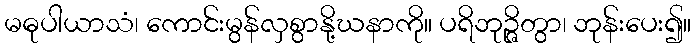
မဓုပါယာသံ၊ ကောင်းမွန်လှစွာနို့ဃနာကို။ ပရိဘုဉ္ဇိတွာ၊ ဘုန်းပေး၍။